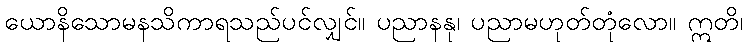
ယောနိသောမနသိကာရသည်ပင်လျှင်။ ပညာနနု၊ ပညာမဟုတ်တုံလော။ ဣတိ၊